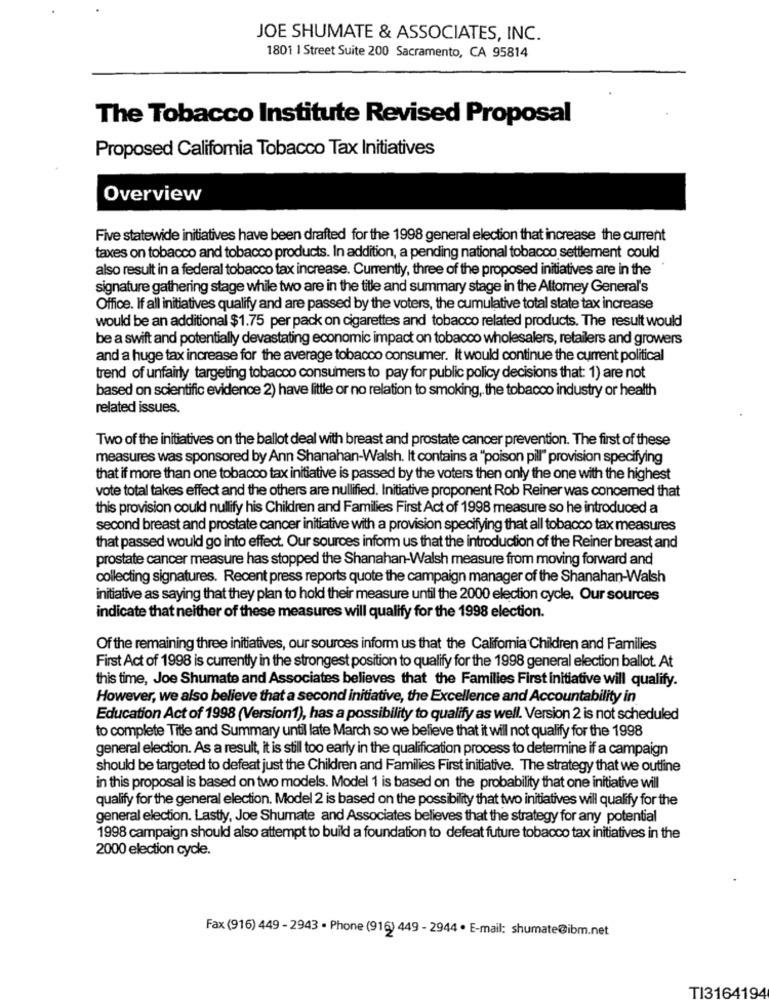
JOE SHUMATE & ASSOCIATES, INC.
1801 | Street Suite 200 Sacramento, CA 95814
The Tobacco Institute Revised Proposal
Proposed California Tobacco Tax Initiatives
Overview
Five statewide initiatives have been drafted for the 1998 general election that increase the current
taxes on tobacco and tobacco products. In addition, a pending national tobacco settlement could
also result in a federal tobacco tax increase. Currently, three of the proposed initiatives are in the
signature gathering stage while two are in the title and summary stage in the Attomey General's
Office. If all initiatives qualify and are passed by the voters, the cumulative total state tax increase
would be an additional $1.75 per pack on cigarettes and tobacco related products. The result would
be a swift and potentially devastating economic impact on tobacco wholesalers, retailers and growers
and a huge tax increase for the average tobacco consumer. It would continue the current political
trend of unfairly targeting tobacco consumers to pay for public policy decisions that: 1) are not
based on scientific evidence 2) have little or no relation to smoking, the tobacco industry or health
related issues.
Two of the initiatives on the ballot deal with breast and prostate cancer prevention. The first of these
measures was sponsored by Ann Shanahan-Walsh. It contains a "poison pill" provision specifying
that if more than one tobacco tax initiative is passed by the voters then only the one with the highest
vote total takes effect and the others are nullified. Initiative proponent Rob Reiner was concerned that
this provision could nullify his Children and Families First Act of 1998 measure so he introduced a
second breast and prostate cancer initiative with a provision specifying that all tobacco tax measures
that passed would go into effect. Our sources inform us that the introduction of the Reiner breast and
prostate cancer measure has stopped the Shanahan-Walsh measure from moving forward and
collecting signatures. Recent press reports quote the campaign manager of the Shanahan-Walsh
initiative as saying that they plan to hold their measure until the 2000 election cycle. Our sources
indicate that neither of these measures will qualify for the 1998 election.
Of the remaining three initiatives, our sources inform us that the Califomia Children and Families
First Act of 1998 is currently in the strongest position to qualify for the 1998 general election ballot. At
this time, Joe Shumate and Associates believes that the Families First initiative will qualify.
However, we also believe that a second initiative, the Excellence and Accountability in
Education Act of 1998 (Version1), has a possibility to qualify as well. Version 2 is not scheduled
to complete Title and Summary until late March so we believe that it will not qualify for the 1998
general election. As a result, it is still too early in the qualification process to determine if a campaign
should be targeted to defeat just the Children and Families First initiative. The strategy that we outline
in this proposal is based on two models. Model 1 is based on the probability that one initiative will
qualify for the general election. Model 2 is based on the possibility that two initiatives will qualify for the
general election. Lastly, Joe Shumate and Associates believes that the strategy for any potential
1998 campaign should also attempt to build a foundation to defeat future tobacco tax initiatives in the
2000 election cycle.
Fax (916) 449 - 2943 - Phone (916) 449 - 2944 · E-mail: shumate@ibm.net
TI3164194